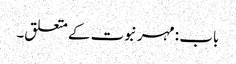
باب : مہر نبوت کے متعلق۔